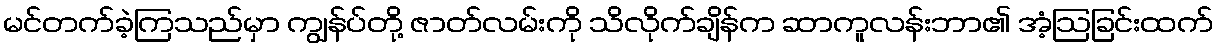
မင်တက်ခဲ့ကြသည်မှာ ကျွန်ပ်တို့ ဇာတ်လမ်းကို သိလိုက်ချိန်က ဆာကူလန်းဘာ၏ အံ့ဩခြင်းထက်